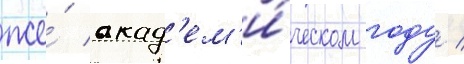
же́ акад'ем'и́ческом году /